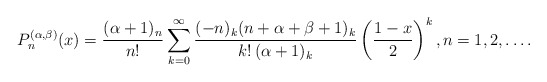
\begin{align*} \ P_{n}^{(\alpha,\beta)}(x) =\frac{(\alpha+1)_n}{n!} \sum_{k=0}^{\infty}\frac{(-n)_k(n+\alpha+\beta+1)_k}{k!\, (\alpha+1)_k} \left(\frac{1-x}{2}\right)^k, n=1,2,\dots.\end{align*}